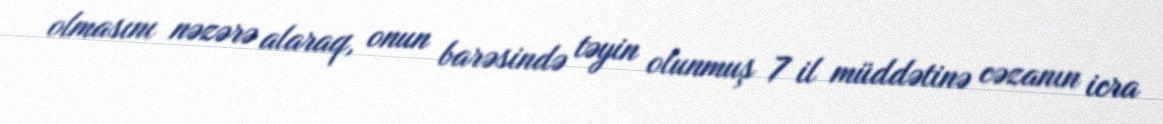
olmasını nəzərə alaraq, onun barəsində təyin olunmuş 7 il müddətinə cəzanın icra